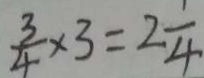
\frac { 3 } { 4 } \times 3 = 2 \frac { 1 } { 4 }